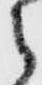
之